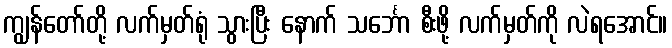
ကျွန်တော်တို့ လက်မှတ်ရုံ သွားပြီး နောက် သင်္ဘော စီးဖို့ လက်မှတ်ကို လဲရအောင်။